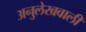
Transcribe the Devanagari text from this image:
अनुलेखवाली